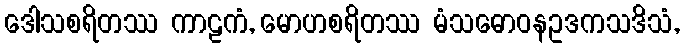
ဒေါသစရိတဿ ကာဠကံ, မောဟစရိတဿ မံသဓောဝနဥဒကသဒိသံ,